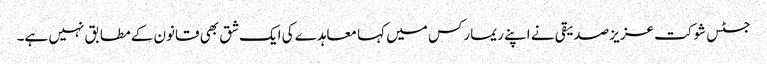
جسٹس شوکت عزیز صدیقی نے اپنے ریمارکس میں کہا معاہدے کی ایک شق بھی قانون کے مطابق نہیں ہے۔